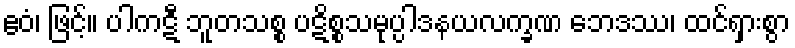
ဧဝံ၊ ဖြင့်။ ပါကဋီ ဘူတသစ္စ ပဋိစ္စသမုပ္ပါဒနယလက္ခဏ ဘေဒဿ၊ ထင်ရှားစွာ